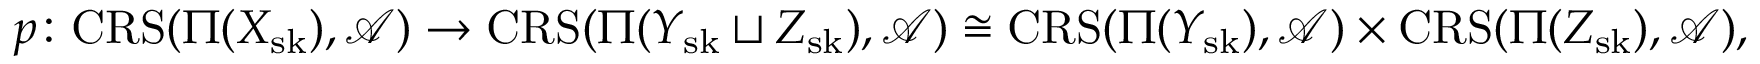
p \colon \mathbf { \mathrm { C R S } } ( \Pi ( X _ { \mathrm { s k } } ) , \mathcal { A } ) \to \mathbf { \mathrm { C R S } } ( \Pi ( Y _ { \mathrm { s k } } \sqcup Z _ { \mathrm { s k } } ) , \mathcal { A } ) \cong \mathbf { \mathrm { C R S } } ( \Pi ( Y _ { \mathrm { s k } } ) , \mathcal { A } ) \times \mathbf { \mathrm { C R S } } ( \Pi ( Z _ { \mathrm { s k } } ) , \mathcal { A } ) ,